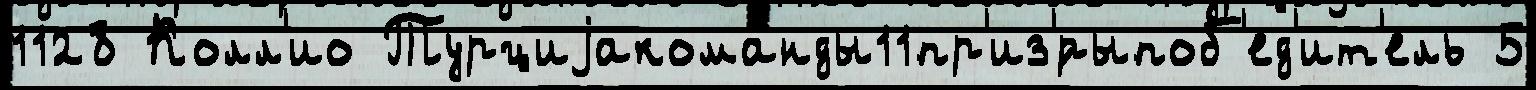
1128 Колл'ио Турциjакоманды11пр'из'́рыпоб'ед'ит'ель 5